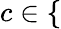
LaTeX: c\in\{